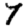
Digit: 7